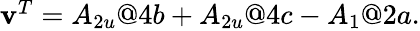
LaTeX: \begin{array}{r}{\mathbf{v}^{T}=A_{2u}@{4b}+A_{2u}@{4c}-A_{1}@{2a}.}\end{array}